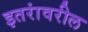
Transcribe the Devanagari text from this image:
इतरांवरील